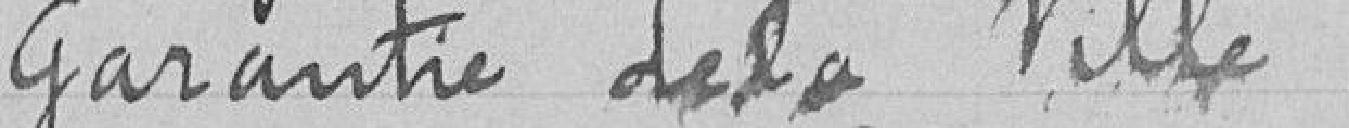
Garantie de la Ville.